Report on vaccination in Madras 1904-1921 - 1904-1921
Year: 1904
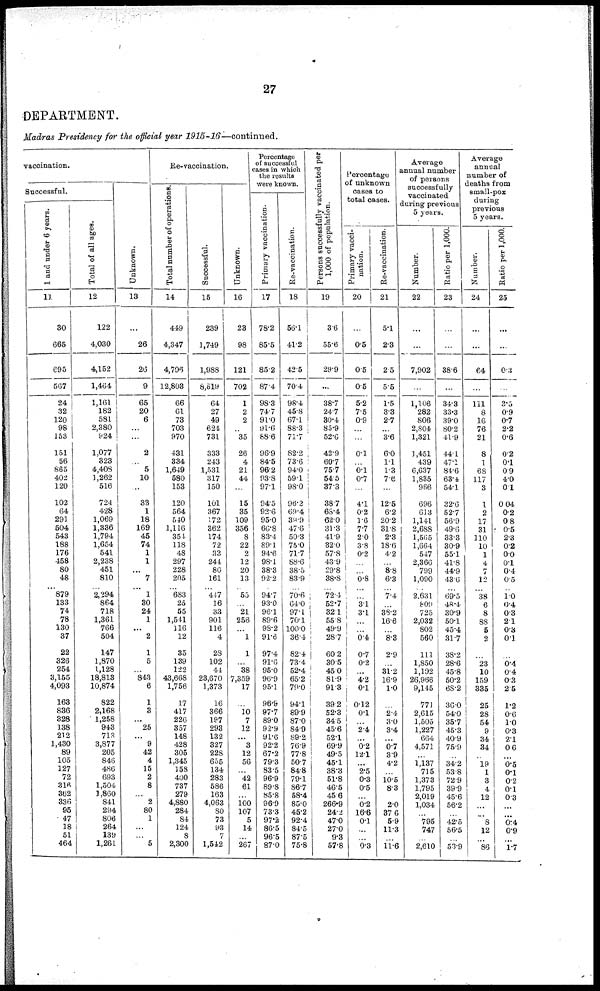
27
DEPARTMENT.
Madras Presidency for the official year 1915-16—continued.
vaccination.
Successful.
1 and under 6 years.
11
30
665
695
567
24
32
120
98
153
151
56
865
402
120
102
64
291
504
543
188
176
458
80
48
...
879
133
74
78
130
37
22
326
254
3,155
4,093
163
836
328
138
212
1,430
89
105
127
72
316
362
336
95
47
18
51
464
Total of all ages.
12
122
4,030
4,152
1,464
1,161
182
581
2,380
924
1,077
323
4,408
1,262
516
724
428
1,069
1,336
1,794
1,654
541
2,238
451
810
...
2,294
864
718
1,361
766
504
147
1,870
1,128
18,813
10,874
822
2,168
1,258
943
713
3,877
205
846
486
693
1,504
3,860
841
294
806
264
139
1,261
Unknown.
13
...
26
26
9
65
20
6
...
...
2
...
5
10
...
33
1
18
169
45
74
1
1
...
7
...
1
30
24
1
... 2
1
5
... 843
6
1
3
... 25
... 9
42
4
15
2
8
...
2
80
1
...
...
5
Re-vaccination.
Total number of operations.
14
449
4,347
4,796
12,803
66
61
73
703
970
431
334
1,649
580
153
120
564
540
1,116
354
118
48
297
228
205
... 683
25
55
1,541
116
12
35
139
122
43,668
1,756
17
417
226
357
148
428
305
1,345
158
400
737
279
4,880
284
84
124
8
2,300
Successful.
15
239
1,749
1,988
8,519
64
27
49
624
731
333
243
1,531
317
150
101
367
172
362
174
72
33
244
80
161
... 447
16
33
901
116
4
28
102
44
23,670
1,373
16
366
197
293
132
327
228
655
134
283
586
163
4,063
80
73
93
7
1,542
Unknown.
16
23
98
121
702
1
2
2
...
35
26
4
21
44
...
15
35
109
356
8
22
2
12
20
13
... 55
...
21
256
...
1
1
...
38
7,359
17
...
10
7
12
... 3
12
56
... 42
61
...
100
107
5
14
...
267
Percentage
of successful
cases in which
the results
were known.
Primary vaccination.
17
78.2
85.5
85.2
87.4
98.3
74.7
91.0
91.6
68.6
96.9
84.5
96.2
93.8
97.1
94.5
92.6
95.0
66.8
83.4
89.1
94.6
98.1
38.3
92.2
... 94.7
93.0
96.1
89.6
98.2
91.6
97.4
91.6
95.0
96.9
95.1
96.9
97.7
89.0
92.9
91.6
92.2
67.2
79.3
83.5
96.9
89.8
85.8
96.9
73.3
97.2
86.5
96.5
87.0
Re-vaccination.
18
56.1
41.2
42.5
70.4
98.4
45.8
67.1
88.3
71.7
82.2
73.6
94.0
59.1
98.0
96.2
69.4
39.9
47.6
50.3
75.0
71.7
88.6
38.5
83.9
... 70.6
64.0
97.1
70.1
100.0
36.4
82.4
73.4
52.4
65.2
79.0
94.1
89.9
87.0
84.9
89.2
76.9
77.8
50.7
84.8
79.1
86.7
58.4
85.0
45.2
92.4
84.5
87.5
75.8
Persons successfully vaccina
per
1,000 of population.
19
3.6
55.6
29.9
...
38.7
24.7
30.4
85.9
52.6
42.9
60.7
75.7
54.5
37.3
38.7
68.4
62.0
31.3
41.9
32.0
57.8
43.9
29.8
38.8
... 72.4
52.7
32.1
55.8
49.9
28.7
60.2
30.5
45.0
81.9
91.3
39.2
52.3
34.5
45.6
52.1
69.9
49.5
45.1
38.3
51.8
46.5
45.6
266.9
24.2
47.0
27.0
9.3
57.8
Percentage
of unknown
cases to
total cases.
Primary vacci-
nation.
20
...
0.5
0.5
0.5
5.2
7.5
0.9
...
...
0.1
...
0.1
0.7
...
4.1
0.2
1.6
7.7
2.0
3.8
0.2
...
...
0.8
... ...
3.1
3.1
...
...
0.4
0.7
0.2
...
4.2
0.1
0.12
0.1
...
2.4
... 0.2
12.1
...
2.5
0.3
0.5
...
0.2
16.6
0.1
...
...
0.3
Re-vaccination.
21
5.1
2.3
2.5
5.5
1.5
3.3
2.7
...
3.6
6.0
1.1
1.3
7.6
...
12.5
6.2
20.2
31.8
2.3
18.6
4.2
...
8.8
6.3
... 7.4
...
38.2
16.6
...
8.3
2.9
...
31.2
16.9
1.0
...
2.4
3.0
3.4
... 0.7
3.9
4.2
...
10.5
8.3
...
2.0
37.6
5.9
11.3
...
11.6
Average
annual number
of persons
successfully
vaccinated
during previous
5 years.
Number.
22
...
...
7,902
...
1,106
282
806
2,804
1,321
1,451
439
6,637
1,835
966
696
613
1,141
2,688
1,565
1,664
547
2,366
799
1,090
... 2,631
809
725
2,032
802
560
111
1,850
1,192
26,966
9,145
771
2,615
1,505
1,227
664
4,571
...
1,137
715
1,373
1,795
2,019
1,034
...
795
747
...
2,610
Ratio per 1,000.
23
...
...
38.6
...
34.3
33.3
39.0
80.2
41.9
44.1
47.1
84.6
63.4
54.1
32.6
52.7
56.9
49.6
33.3
30.9
55.1
41.8
44.9
43.6
... 69.5
48.4
30.9
50.1
45.4
31.7
38.2
28.6
45.8
50.2
68.2
36.0
54.0
35.7
45.3
40.9
75.9
...
34.2
53.8
72.9
39.9
45.6
56.2
...
42.5
56.5
...
53.9
Average
annual
number of
deaths from
small-pox
during
previous
5 years.
Number.
24
...
...
64
...
111
8
16
76
21
8
1
68
117
3
1
2
17
31
110
10
1
4
7
12
... 38
6
8
88
5
2
...
23
10
159
335
25
28
54
9
34
34
...
19
1
3
4
12
...
...
8
12
...
86
Ratio per 1,000.
25
...
...
0.3
...
3.5
0.9
0.7
2.2
0.6
0.2
0.1
0.9
4.0
0.1
0.04
0.2
0.8
0.5
2.3
0.2
0.0
0.1
0.4
0.5
... 1.0
0.4
0.3
2.1
0.3
0.1
...
0.4
0.4
0.3
2.5
1.2
0.6
1.0
0.3
2.1
0.6
...
0.5
0.1
0.2
0.1
0.3
...
...
0.4
0.9
...
1.7